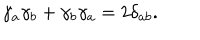
\gamma _ { a } \gamma _ { b } + \gamma _ { b } \gamma _ { a } = 2 \delta _ { a b } .